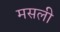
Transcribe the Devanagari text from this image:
मसली